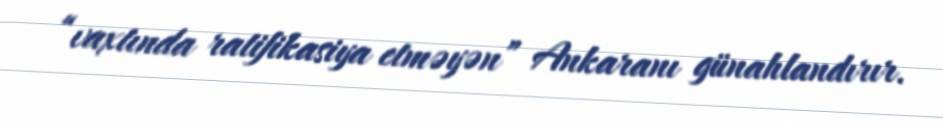
“vaxtında ratifikasiya etməyən” Ankaranı günahlandırır.